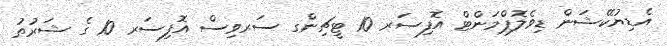
އެޑިޔުކޭޝަން ޑިވެލޮޕްމަންޓް އޮފިސަރ 10 ޓީޗިންގ ސަރވިސް އޮފިސަރ 10 ގެ ޝަރުޠު